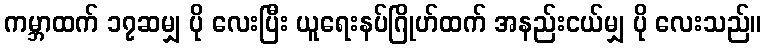
ကမ္ဘာထက် ၁၇ဆမျှ ပို လေးပြီး ယူရေးနပ်ဂြိုဟ်ထက် အနည်းငယ်မျှ ပို လေးသည်။